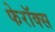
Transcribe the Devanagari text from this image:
फेरॉक्स